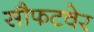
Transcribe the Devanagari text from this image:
सौफटवेर